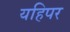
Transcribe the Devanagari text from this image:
यहिपर